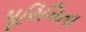
પૂરિનિતા